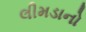
લીમડાનો